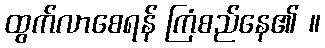
ထွက်လာစေရန် ကြံစည်နေ၏ ။